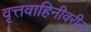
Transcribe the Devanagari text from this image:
वृत्तवाहिनीवरील